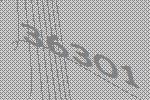
36301